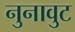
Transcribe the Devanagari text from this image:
नुनावुट